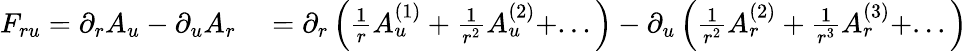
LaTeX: \begin{array}{rl}{F_{ru}=\partial_{r}A_{u}-\partial_{u}A_{r}}&{{}=\partial_{r}\left(\frac{1}{r}A_{u}^{(1)}+\frac{1}{r^{2}}A_{u}^{(2)}+...\right)-\partial_{u}\left(\frac{1}{r^{2}}A_{r}^{(2)}+\frac{1}{r^{3}}A_{r}^{(3)}+...\right)}\end{array}